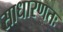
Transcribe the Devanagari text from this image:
साधारणतः